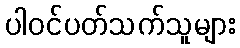
ပါဝင်ပတ်သက်သူများ